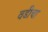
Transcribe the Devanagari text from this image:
वडीचा